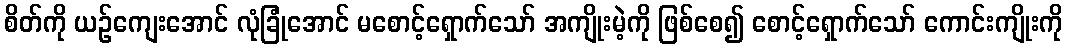
စိတ်ကို ယဉ်ကျေးအောင် လုံခြုံအောင် မစောင့်ရှောက်သော် အကျိုးမဲ့ကို ဖြစ်စေ၍ စောင့်ရှောက်သော် ကောင်းကျိုးကို